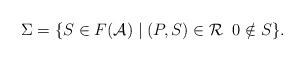
LaTeX: \begin{align*}\Sigma=\{S \in F(\mathcal{A}) \; | \; (P, S) \in \mathcal{R}\; \; 0 \notin S \}.\end{align*}